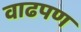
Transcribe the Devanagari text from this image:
वाढपण